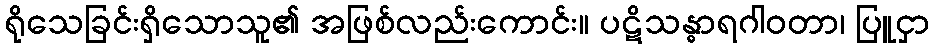
ရိုသေခြင်းရှိသောသူ၏ အဖြစ်လည်းကောင်း။ ပဋိသန္ဓာရဂါဝတာ၊ ပြူငှာ